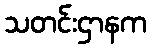
သတင်းဌာနက